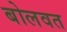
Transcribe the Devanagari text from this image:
बोलवत